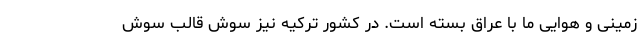
زمینی و هوایی ما با عراق بسته است. در کشور ترکیه نیز سوش قالب سوش